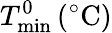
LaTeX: T_{\mathrm{min}}^{0}\, (^{\circ}\mathrm{C})